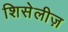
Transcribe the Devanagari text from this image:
शिसेलीज़